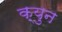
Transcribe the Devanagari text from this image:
क़्युन